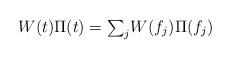
LaTeX: \begin{align*}W(t)\Pi(t)=\mbox{$\sum_j$}W(f_j)\Pi(f_j)\end{align*}